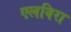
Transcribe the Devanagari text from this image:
एलविरा